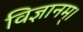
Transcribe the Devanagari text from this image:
विज्ञानम्।